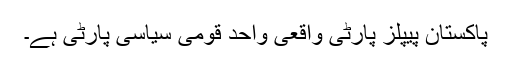
پاکستان پیپلز پارٹی واقعی واحد قومی سیاسی پارٹی ہے۔